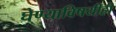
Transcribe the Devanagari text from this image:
घेण्याविषयीही